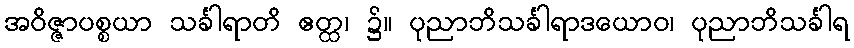
အဝိဇ္ဇာပစ္စယာ သင်္ခါရာတိ ဧတ္ထ၊ ၌။ ပုညာဘိသင်္ခါရာဒယောဝ၊ ပုညာဘိသင်္ခါရ